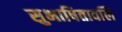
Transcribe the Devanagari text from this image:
सुभाषितावलि